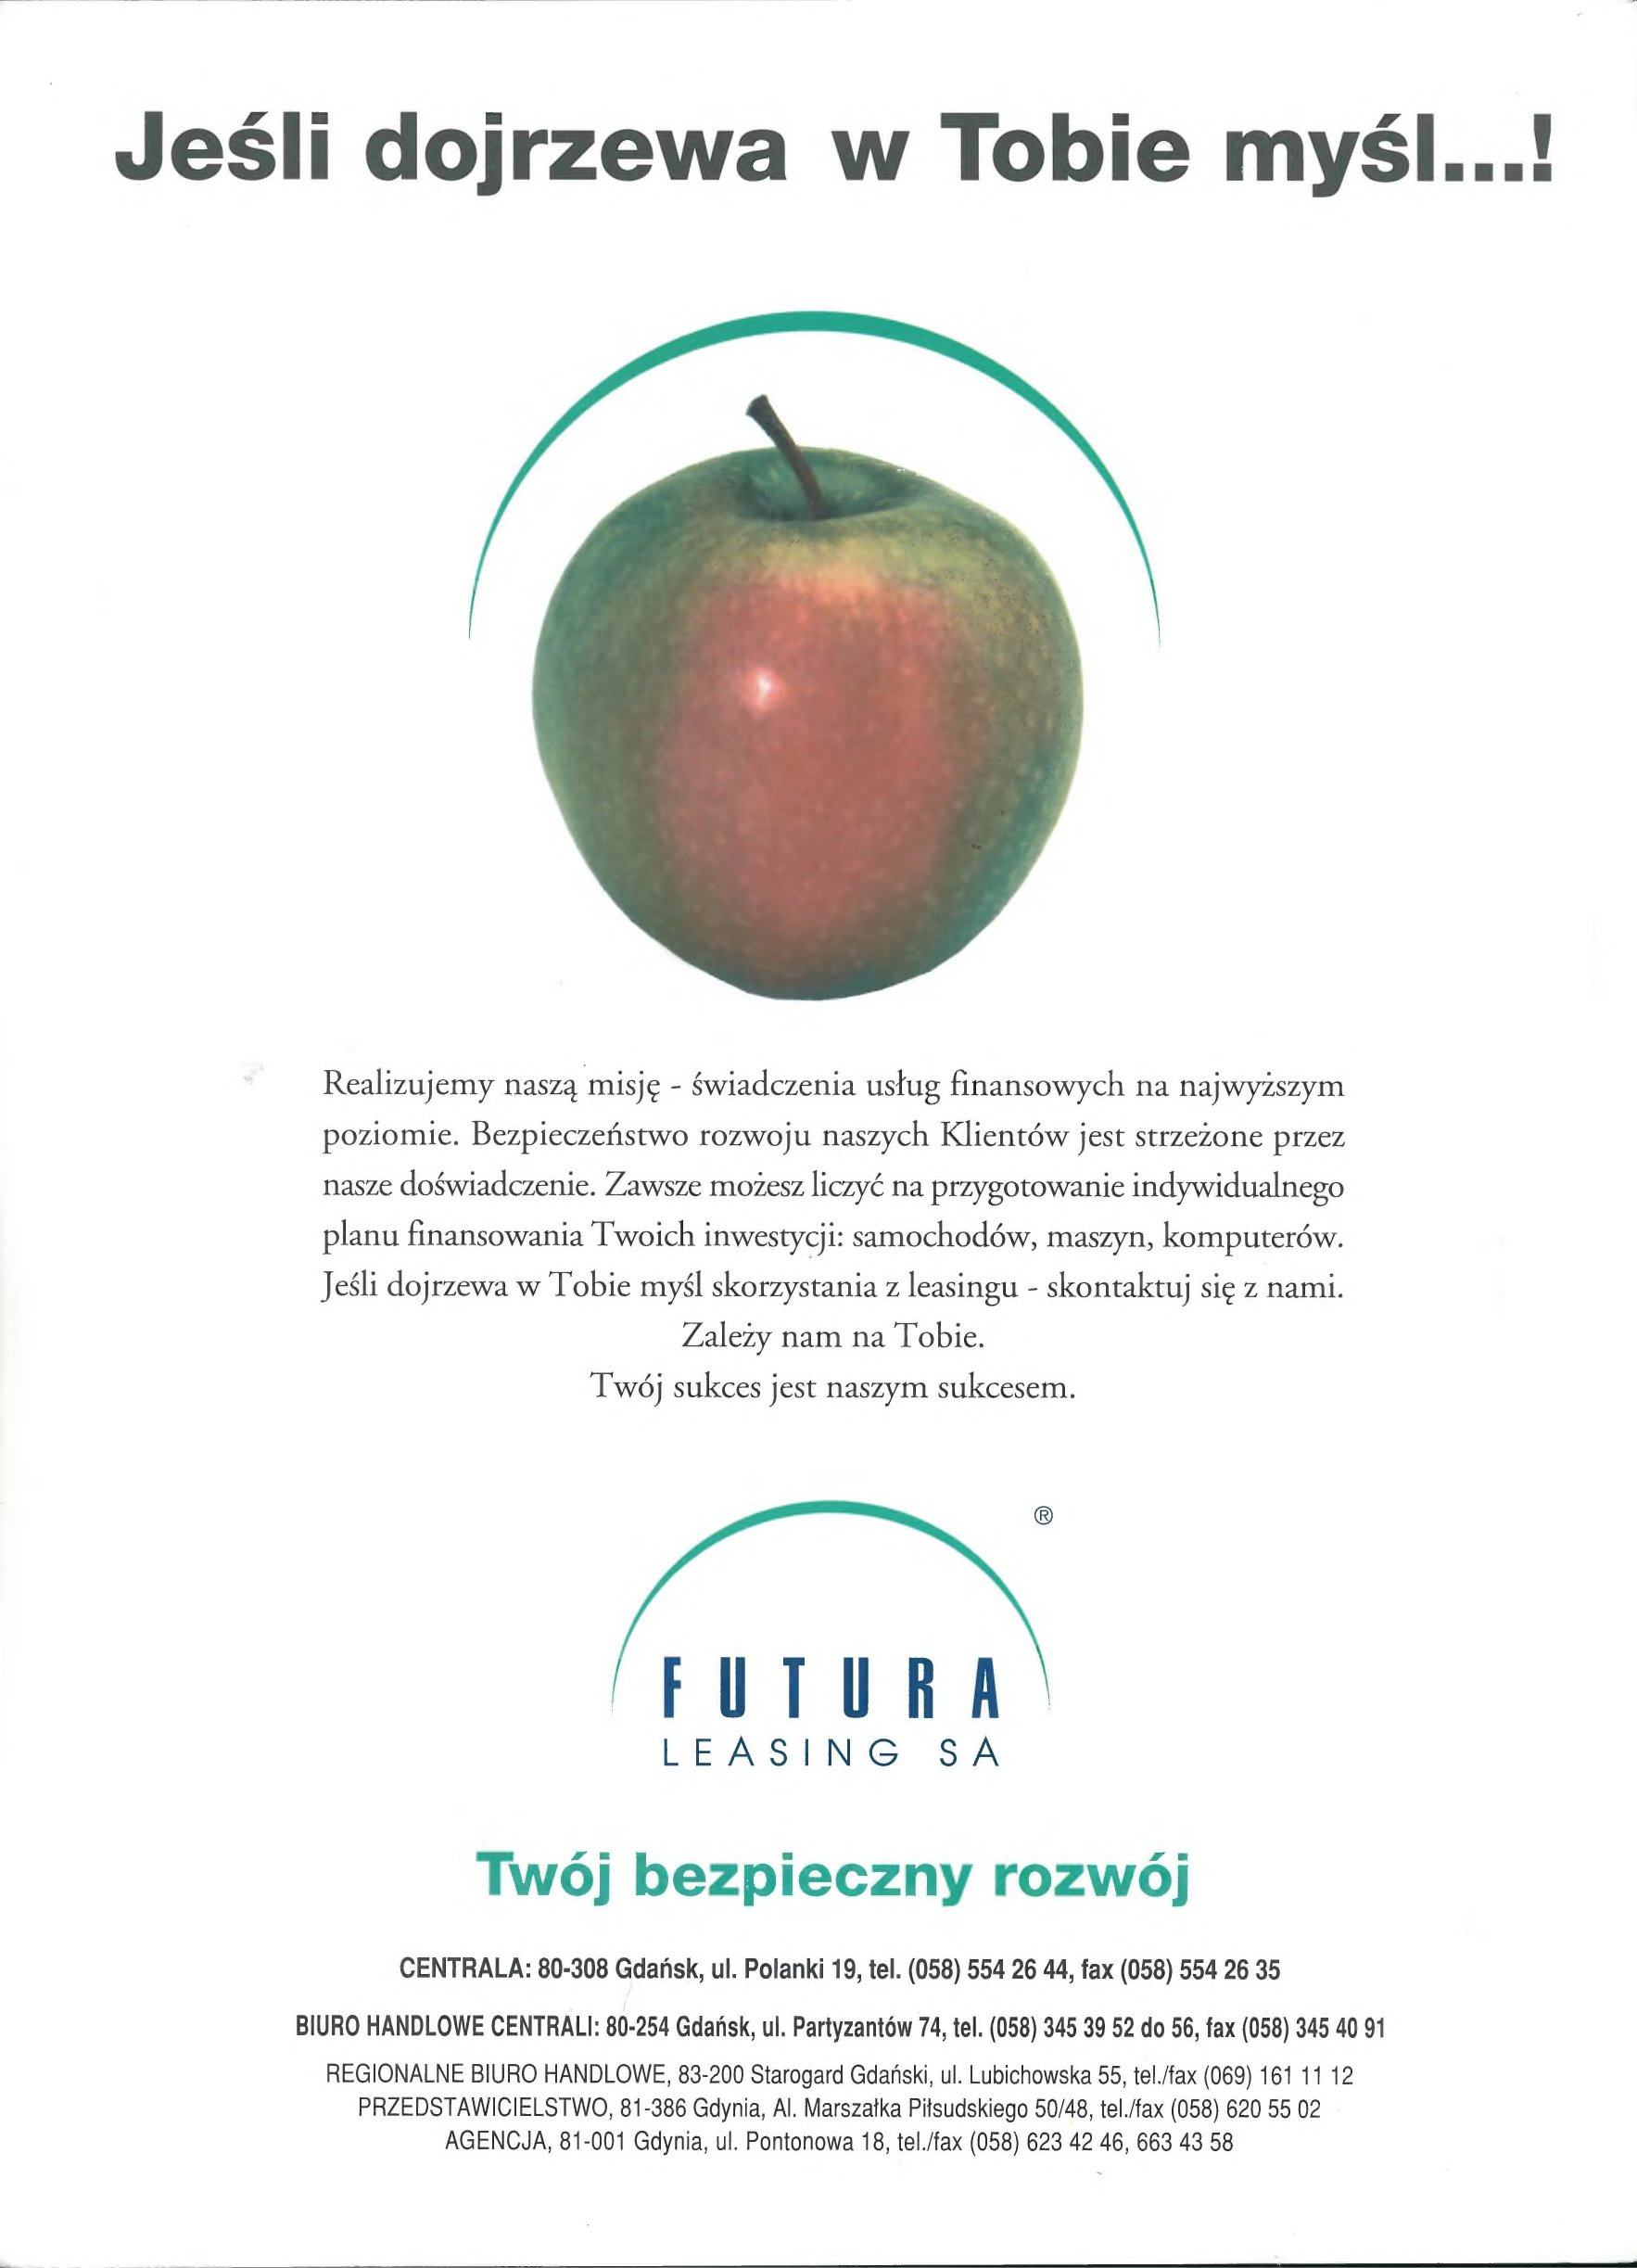
Language: pl